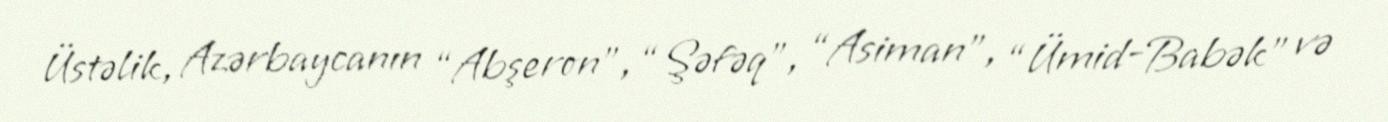
Üstəlik, Azərbaycanın “Abşeron”, “Şəfəq”, “Asiman”, “Ümid-Babək” və